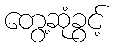
တွေ့ဆုံခွင့်